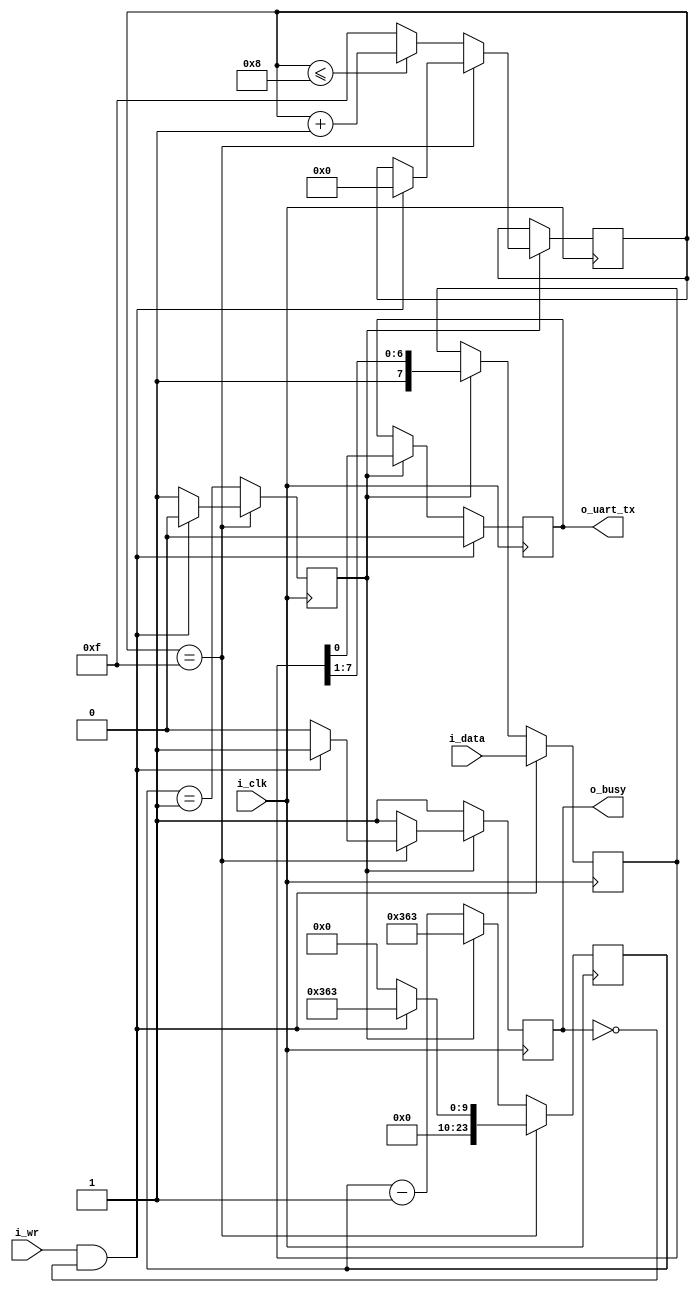
////////////////////////////////////////////////////////////////////////////////
//
//
// Project:	dbgbus, a collection of 8b channel to WB bus debugging protocols
//
// Purpose:	Transmit outputs over a single UART line.  This particular UART
//		implementation has been extremely simplified: it does not handle
//	generating break conditions, nor does it handle anything other than the
//	8N1 (8 data bits, no parity, 1 stop bit) UART sub-protocol.
//
//	To interface with this module, connect it to your system clock, and
//	pass it the byte of data you wish to transmit.  Strobe the i_wr line
//	high for one cycle, and your data will be off.  Wait until the 'o_busy'
//	line is low before strobing the i_wr line again--this implementation
//	has NO BUFFER, so strobing i_wr while the core is busy will just
//	get ignored.  The output will be placed on the o_txuart output line. 
//
//	(I often set both data and strobe on the same clock, and then just leave
//	them set until the busy line is low.  Then I move on to the next piece
//	of data.)
//
// Creator:	Dan Gisselquist, Ph.D.
//		Gisselquist Technology, LLC
//
////////////////////////////////////////////////////////////////////////////////
//
// Copyright (C) 2015-2017, Gisselquist Technology, LLC
//
// This file is part of the debugging interface demonstration.
//
// The debugging interface demonstration is free software (firmware): you can
// redistribute it and/or modify it under the terms of the GNU Lesser General 
// Public License as published by the Free Software Foundation, either version
// 3 of the License, or (at your option) any later version.
//
// This debugging interface demonstration is distributed in the hope that it
// will be useful, but WITHOUT ANY WARRANTY; without even the implied warranty
// of MERCHANTIBILITY or FITNESS FOR A PARTICULAR PURPOSE.  See the GNU Lesser
// General Public License for more details.
//
// You should have received a copy of the GNU Lesser General Public License
// along with this program.  (It's in the $(ROOT)/doc directory.  Run make
// with no target there if the PDF file isn't present.)  If not, see
// <http://www.gnu.org/licenses/> for a copy.
//
// License:	LGPL, v3, as defined and found on www.gnu.org,
//		http://www.gnu.org/licenses/lgpl.html
//
//
////////////////////////////////////////////////////////////////////////////////
//
//
`default_nettype	none
//
`define	TXUL_BIT_ZERO	4'h0
`define	TXUL_BIT_ONE	4'h1
`define	TXUL_BIT_TWO	4'h2
`define	TXUL_BIT_THREE	4'h3
`define	TXUL_BIT_FOUR	4'h4
`define	TXUL_BIT_FIVE	4'h5
`define	TXUL_BIT_SIX	4'h6
`define	TXUL_BIT_SEVEN	4'h7
`define	TXUL_STOP	4'h8
`define	TXUL_IDLE	4'hf
//
//
module txuartlite(i_clk, i_wr, i_data, o_uart_tx, o_busy);
	parameter	[23:0]	CLOCKS_PER_BAUD = 24'd868;
	input	wire		i_clk;
	input	wire		i_wr;
	input	wire	[7:0]	i_data;
	// And the UART input line itself
	output	reg		o_uart_tx;
	// A line to tell others when we are ready to accept data.  If
	// (i_wr)&&(!o_busy) is ever true, then the core has accepted a byte
	// for transmission.
	output	wire		o_busy;

	reg	[23:0]	baud_counter;
	reg	[3:0]	state;
	reg	[7:0]	lcl_data;
	reg		r_busy, zero_baud_counter;

	initial	r_busy = 1'b1;
	initial	state  = `TXUL_IDLE;
	always @(posedge i_clk)
	begin
		if (!zero_baud_counter)
			// r_busy needs to be set coming into here
			r_busy <= 1'b1;
		else if (state == `TXUL_IDLE)	// STATE_IDLE
		begin
			r_busy <= 1'b0;
			if ((i_wr)&&(!r_busy))
			begin	// Immediately start us off with a start bit
				r_busy <= 1'b1;
				state <= `TXUL_BIT_ZERO;
			end
		end else begin
			// One clock tick in each of these states ...
			r_busy <= 1'b1;
			if (state <=`TXUL_STOP) // start bit, 8-d bits, stop-b
				state <= state + 1;
			else
				state <= `TXUL_IDLE;
		end 
	end

	// o_busy
	//
	// This is a wire, designed to be true is we are ever busy above.
	// originally, this was going to be true if we were ever not in the
	// idle state.  The logic has since become more complex, hence we have
	// a register dedicated to this and just copy out that registers value.
	assign	o_busy = (r_busy);


	// lcl_data
	//
	// This is our working copy of the i_data register which we use
	// when transmitting.  It is only of interest during transmit, and is
	// allowed to be whatever at any other time.  Hence, if r_busy isn't
	// true, we can always set it.  On the one clock where r_busy isn't
	// true and i_wr is, we set it and r_busy is true thereafter.
	// Then, on any zero_baud_counter (i.e. change between baud intervals)
	// we simple logically shift the register right to grab the next bit.
	initial	lcl_data = 8'hff;
	always @(posedge i_clk)
		if ((i_wr)&&(!r_busy))
			lcl_data <= i_data;
		else if (zero_baud_counter)
			lcl_data <= { 1'b1, lcl_data[7:1] };

	// o_uart_tx
	//
	// This is the final result/output desired of this core.  It's all
	// centered about o_uart_tx.  This is what finally needs to follow
	// the UART protocol.
	//
	initial	o_uart_tx = 1'b1;
	always @(posedge i_clk)
		if ((i_wr)&&(!r_busy))
			o_uart_tx <= 1'b0;	// Set the start bit on writes
		else if (zero_baud_counter)	// Set the data bit.
			o_uart_tx <= lcl_data[0];


	// All of the above logic is driven by the baud counter.  Bits must last
	// CLOCKS_PER_BAUD in length, and this baud counter is what we use to
	// make certain of that.
	//
	// The basic logic is this: at the beginning of a bit interval, start
	// the baud counter and set it to count CLOCKS_PER_BAUD.  When it gets
	// to zero, restart it.
	//
	// However, comparing a 28'bit number to zero can be rather complex--
	// especially if we wish to do anything else on that same clock.  For
	// that reason, we create "zero_baud_counter".  zero_baud_counter is
	// nothing more than a flag that is true anytime baud_counter is zero.
	// It's true when the logic (above) needs to step to the next bit.
	// Simple enough?
	//
	// I wish we could stop there, but there are some other (ugly)
	// conditions to deal with that offer exceptions to this basic logic.
	//
	// 1. When the user has commanded a BREAK across the line, we need to
	// wait several baud intervals following the break before we start
	// transmitting, to give any receiver a chance to recognize that we are
	// out of the break condition, and to know that the next bit will be
	// a stop bit.
	//
	// 2. A reset is similar to a break condition--on both we wait several
	// baud intervals before allowing a start bit.
	//
	// 3. In the idle state, we stop our counter--so that upon a request
	// to transmit when idle we can start transmitting immediately, rather
	// than waiting for the end of the next (fictitious and arbitrary) baud
	// interval.
	//
	// When (i_wr)&&(!r_busy)&&(state == `TXUL_IDLE) then we're not only in
	// the idle state, but we also just accepted a command to start writing
	// the next word.  At this point, the baud counter needs to be reset
	// to the number of CLOCKS_PER_BAUD, and zero_baud_counter set to zero.
	//
	// The logic is a bit twisted here, in that it will only check for the
	// above condition when zero_baud_counter is false--so as to make
	// certain the STOP bit is complete.
	initial	zero_baud_counter = 1'b0;
	initial	baud_counter = 24'h05;
	always @(posedge i_clk)
	begin
		zero_baud_counter <= (baud_counter == 24'h01);
		if (state == `TXUL_IDLE)
		begin
			baud_counter <= 24'h0;
			zero_baud_counter <= 1'b1;
			if ((i_wr)&&(!r_busy))
			begin
				baud_counter <= CLOCKS_PER_BAUD - 24'h01;
				zero_baud_counter <= 1'b0;
			end
		end else if (!zero_baud_counter)
			baud_counter <= baud_counter - 24'h01;
		else
			baud_counter <= CLOCKS_PER_BAUD - 24'h01;
	end
endmodule